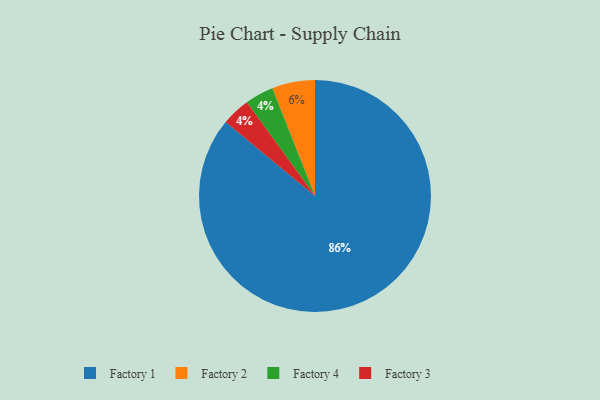
{"axis": {"x": "Category", "y": "Percentage"}, "legend": ["Factory 1", "Factory 2", "Factory 3", "Factory 4"], "data": [{"x": "Factory 4", "y": 4, "type": "Factory 4"}, {"x": "Factory 1", "y": 86, "type": "Factory 1"}, {"x": "Factory 2", "y": 6, "type": "Factory 2"}, {"x": "Factory 3", "y": 4, "type": "Factory 3"}]}